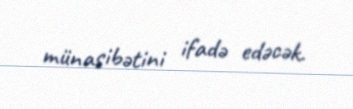
münasibətini ifadə edəcək.